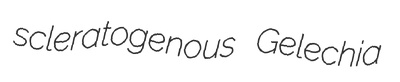
scleratogenous Gelechia